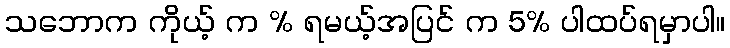
သဘောက ကိုယ့် က % ရမယ့်အပြင် က 5% ပါထပ်ရမှာပါ။